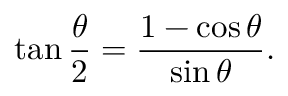
\tan { \frac { \theta } { 2 } } = { \frac { 1 - \cos \theta } { \sin \theta } } .